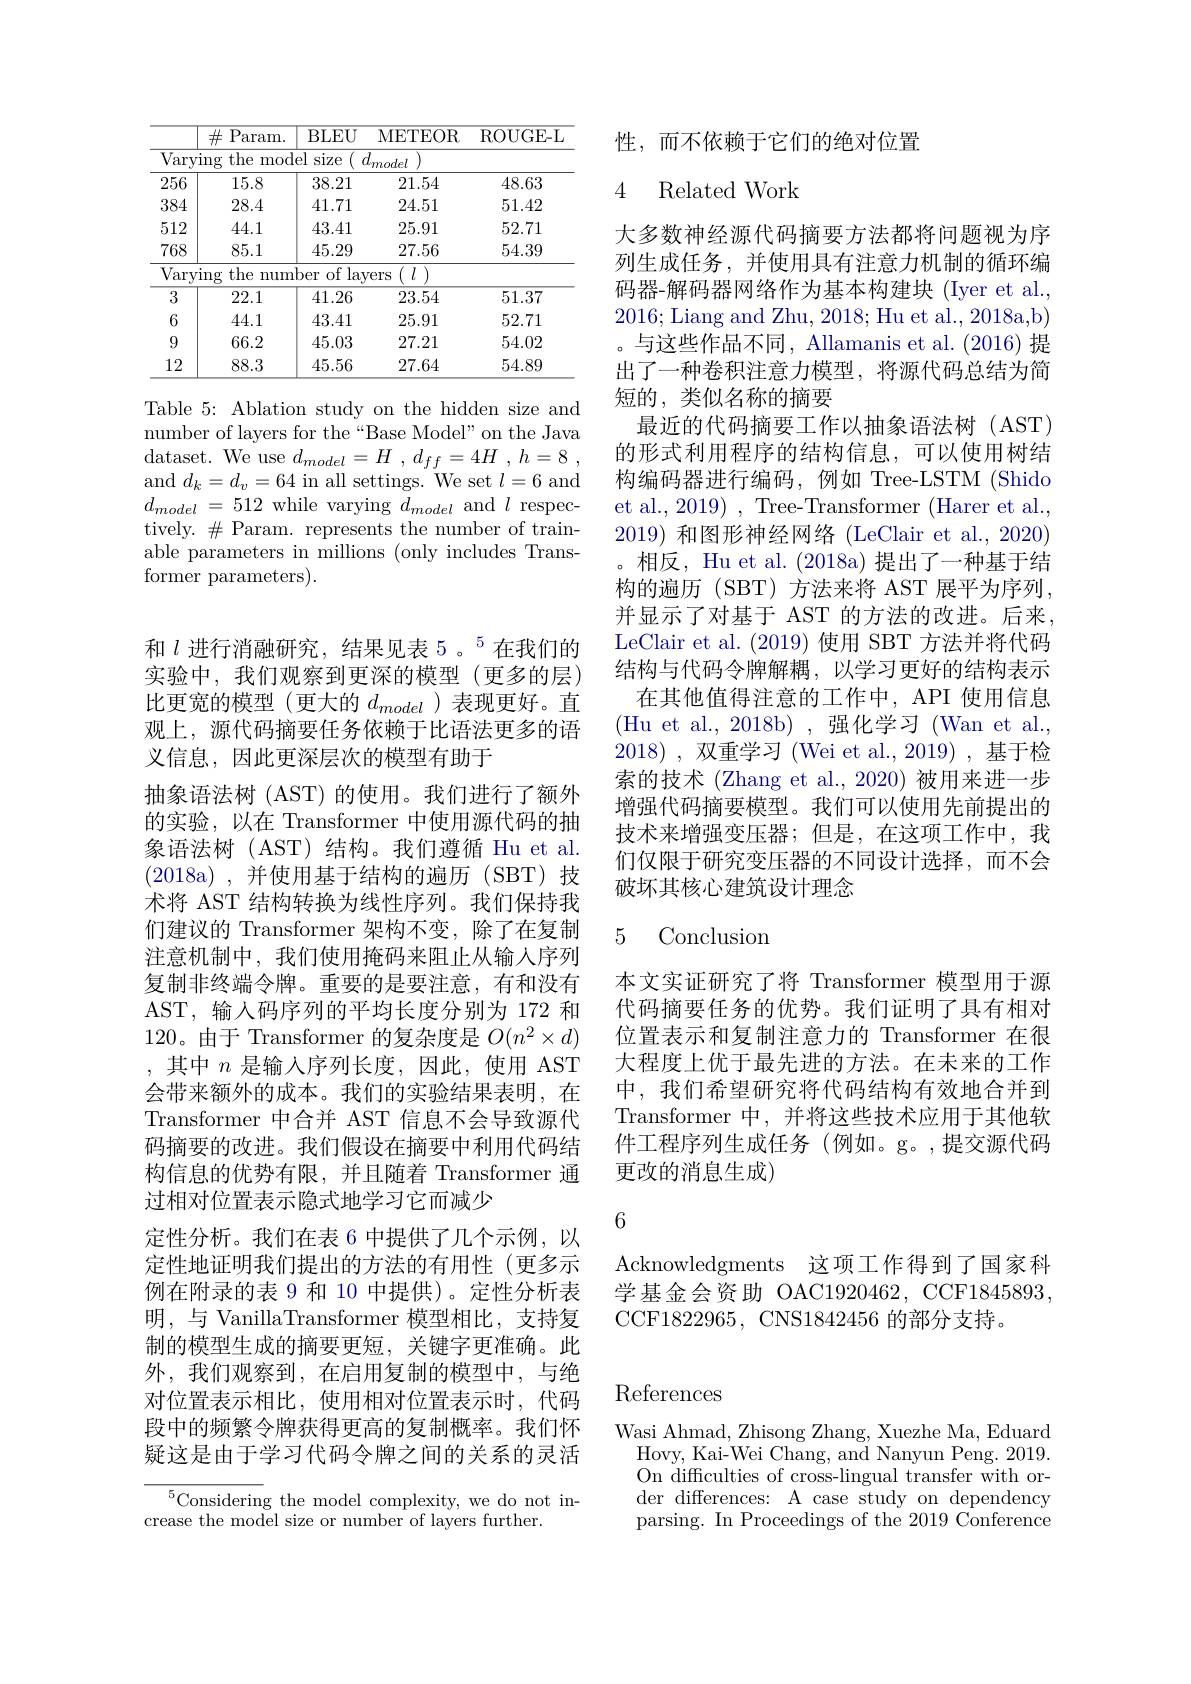
<table>
	<tbody>
		<tr>
			<th> </th>
			<th>$\#$Param.</th>
			<th>BLEU</th>
			<th>METEOR</th>
			<th>$\operatorname{ROUGE-L}$</th>
		</tr>
		<tr>
			<td>$\overline{\mathrm{Vary}}$</td>
			<td>$\operatorname{ing}$ the mod </td>
			<td>el size</td>
			<td>$\iota odel$</td>
			<td> </td>
		</tr>
		<tr>
			<td>256</td>
			<td>15.8</td>
			<td>38.21</td>
			<td>21.54</td>
			<td>48.63</td>
		</tr>
		<tr>
			<td>384</td>
			<td>28.4</td>
			<td>41.71</td>
			<td>24.51</td>
			<td>51.42</td>
		</tr>
		<tr>
			<td>512</td>
			<td>44.1</td>
			<td>43.41</td>
			<td>25.91</td>
			<td>52.71</td>
		</tr>
		<tr>
			<td>768</td>
			<td>85.1</td>
			<td>45.29</td>
			<td>27.56</td>
			<td>54.39</td>
		</tr>
		<tr>
			<td>$\overline{\mathrm{Vary}}$</td>
			<td>ing the mum</td>
			<td>of lay ber</td>
			<td>$I$ $rS$</td>
			<td> </td>
		</tr>
		<tr>
			<td>3</td>
			<td>22.1</td>
			<td>41.26</td>
			<td>23.54</td>
			<td>51.37</td>
		</tr>
		<tr>
			<td>6</td>
			<td>44.1</td>
			<td>43.41</td>
			<td>25.91</td>
			<td>52.71</td>
		</tr>
		<tr>
			<td>9</td>
			<td>66.2</td>
			<td>45.03</td>
			<td>27.21</td>
			<td>54.02</td>
		</tr>
		<tr>
			<td>12</td>
			<td>88.3</td>
			<td>45.56</td>
			<td>27.64</td>
			<td>54.89</td>
		</tr>
	</tbody>
</table>

Table 5: Ablation study on the hidden size and number of layers for the“Base Model”on the Java dataset. We use $d_model= H$ , $d_{ff}= 4H$ , $h= 8$ , and $d_k=d_v=64$ in all settings. We set $l=6$ and $d_{model}=512$ while varying $d_model$ and $l$ respectively. $\#$ Param. represents the number of trainable parameters in millions (only includes Transformer parameters).

和 $l\text{ 进行消融研究，结果见表 5。}^{5}$在我们的实验中，我们观察到更深的模型(更多的层) 比更宽的模型(更大的$d_{model}$ )表现更好。直观上，源代码摘要任务依赖于比语法更多的语义信息，因此更深层次的模型有助于
抽象语法树 (AST) 的使用。我们进行了额外的实验，以在 Transformer 中使用源代码的抽象语法树(AST)结构。我们遵循 Hu et al. (2018a),并使用基于结构的遍历(SBT)技术将 AST 结构转换为线性序列。我们保持我们建议的 Transformer 架构不变，除了在复制注意机制中，我们使用掩码来阻止从输入序列复制非终端令牌。重要的是要注意，有和没有AST,输入码序列的平均长度分别为 172 和120。由于 Transformer 的复杂度是$O(n^2\times d)$ ,其中$n$是输入序列长度，因此，使用 AST 会带来额外的成本。我们的实验结果表明，在Transformer 中合并 AST 信息不会导致源代码摘要的改进。我们假设在摘要中利用代码结构信息的优势有限，并且随着 Transformer 通过相对位置表示隐式地学习它而减少
定性分析。我们在表 6 中提供了几个示例，以定性地证明我们提出的方法的有用性(更多示例在附录的表 9 和 10 中提供)。定性分析表明，与 VanillaTransformer 模型相比，支持复制的模型生成的摘要更短，关键字更准确。此外，我们观察到，在启用复制的模型中，与绝对位置表示相比，使用相对位置表示时，代码段中的频繁令牌获得更高的复制概率。我们怀疑这是由于学习代码令牌之间的关系的灵活${^{5}\text{Considerin}}$g the model complexity, we do not in-

crease the model size or number of layers further.

性，而不依赖于它们的绝对位置

### 4 Related Work

大多数神经源代码摘要方法都将问题视为序列生成任务，并使用具有注意力机制的循环编码器-解码器网络作为基本构建块(Iyer et al. 2016; Liang and Zhu, 2018; Hu et al., 2018a,b) 。与这些作品不同，Allamanis et al. (2016) 提出了一种卷积注意力模型，将源代码总结为简短的，类似名称的摘要
最近的代码摘要工作以抽象语法树(AST) 的形式利用程序的结构信息，可以使用树结构编码器进行编码，例如 Tree-LSTM (Shido et al., 2019) , Tree-Transformer (Harer et al., 2019)和图形神经网络 (LeClair et al., 2020) 。相反，Hu et al. (2018a) 提出了一种基干结构的遍历 (SBT) 方法来将 AST 展平为序列， 并显示了对基于 AST 的方法的改进。后来， LeClair et al. (2019) 使用 SBT 方法并将代码结构与代码令牌解耦，以学习更好的结构表示
在其他值得注意的工作中，API 使用信息(Hu et al.,2018b),强化学习(Wan et al. 2018) , 双重学习 (Wei et al.,2019),基于检索的技术 (Zhang et al., 2020) 被用来进一步增强代码摘要模型。我们可以使用先前提出的技术来增强变压器；但是，在这项工作中，我们仅限于研究变压器的不同设计选择，而不会破坏其核心建筑设计理念

### 5 Conclusion

本文实证研究了将 Transformer 模型用于源代码摘要任务的优势。我们证明了具有相对位置表示和复制注意力的 Transformer 在很大程度上优于最先进的方法。在未来的工作中，我们希望研究将代码结构有效地合并到Transformer 中，并将这些技术应用于其他软件工程序列生成任务(例如。g。,提交源代码更改的消息生成)

6

Acknowledgments 这项工作得到了国家科学基金会资助 OAC1920462, CCF1845893, CCF1822965, CNS1842456 的部分支持。

## References

Wasi Ahmad, Zhisong Zhang, Xuezhe Ma, Eduard
Hovy, Kai-Wei Chang, and Nanyun Peng. 2019. On difficulties of cross-lingual transfer with order differences: A case study on dependency parsing. In Proceedings of the 2019 Conference